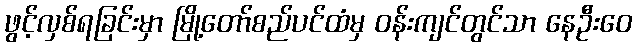
ဖွင့်လှစ်ရခြင်းမှာ မြို့တော်စည်ပင်ထံမှ ဝန်းကျင်တွင်သာ နေဦးဝေ